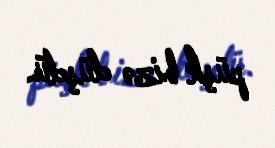
püşk bizə düşdü.